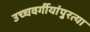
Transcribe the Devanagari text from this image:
उच्चवर्गीयांपुरत्या